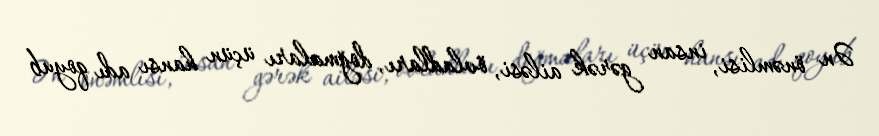
Ən önəmlisi, insan gərək ailəsi, övladları, doğmaları üçün hansı adı qoyub